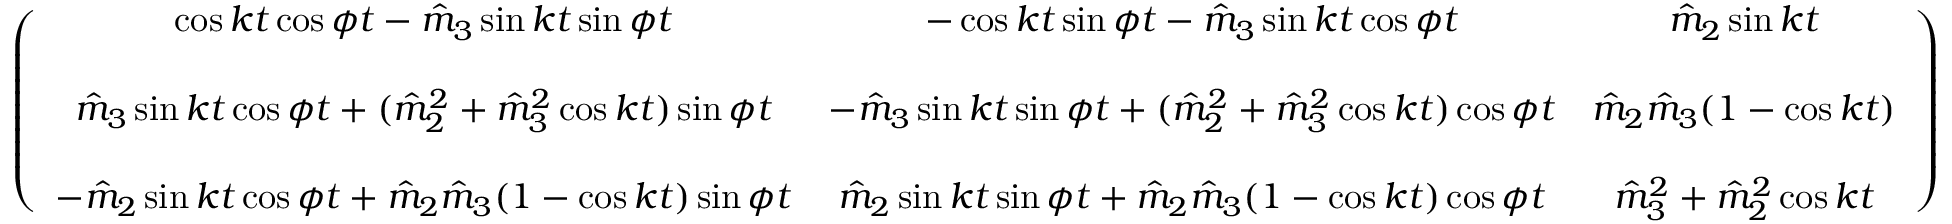
\begin{array} { r } { \left( \begin{array} { c c c } { \cos k t \cos \phi t - \hat { m } _ { 3 } \sin k t \sin \phi t } & { - \cos k t \sin \phi t - \hat { m } _ { 3 } \sin k t \cos \phi t } & { \hat { m } _ { 2 } \sin k t } \\ { } & { } & { } \\ { \hat { m } _ { 3 } \sin k t \cos \phi t + ( \hat { m } _ { 2 } ^ { 2 } + \hat { m } _ { 3 } ^ { 2 } \cos k t ) \sin \phi t } & { - \hat { m } _ { 3 } \sin k t \sin \phi t + ( \hat { m } _ { 2 } ^ { 2 } + \hat { m } _ { 3 } ^ { 2 } \cos k t ) \cos \phi t } & { \hat { m } _ { 2 } \hat { m } _ { 3 } ( 1 - \cos k t ) } \\ { } & { } & { } \\ { - \hat { m } _ { 2 } \sin k t \cos \phi t + \hat { m } _ { 2 } \hat { m } _ { 3 } ( 1 - \cos k t ) \sin \phi t } & { \hat { m } _ { 2 } \sin k t \sin \phi t + \hat { m } _ { 2 } \hat { m } _ { 3 } ( 1 - \cos k t ) \cos \phi t } & { \hat { m } _ { 3 } ^ { 2 } + \hat { m } _ { 2 } ^ { 2 } \cos k t } \end{array} \right) } \end{array}